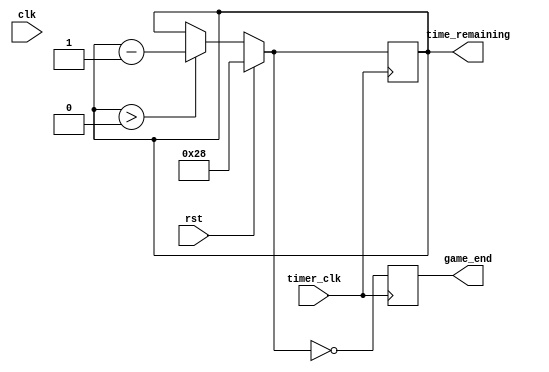
`timescale 1ns / 1ps
//////////////////////////////////////////////////////////////////////////////////
// Company: 
// Engineer: 
// 
// Design Name: 
// Module Name:    timer 
// Project Name: 
// Target Devices: 
// Tool versions: 
// Description: 
//
// Dependencies: 
//
// Revision: 
// Revision 0.01 - File Created
// Additional Comments: 
//
//////////////////////////////////////////////////////////////////////////////////
module timer(
	clk,
	timer_clk,
	rst,
	time_remaining,
	game_end
);
	input clk;
	input timer_clk;
	input rst;
	output reg [5:0] time_remaining;
	output reg game_end;
	
	initial begin
		time_remaining = 40;
		game_end = 0;
	end
	
	always @ (posedge timer_clk) begin
		if (rst)
			time_remaining = 40;
		else if (time_remaining > 0)
			time_remaining = time_remaining - 1;

		game_end = (time_remaining == 0);
	end


endmodule